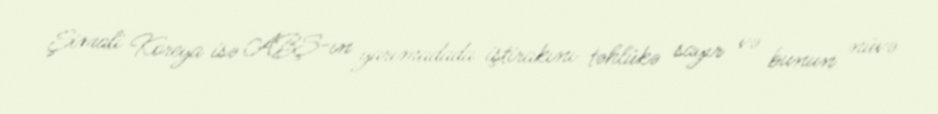
Şimali Koreya isə ABŞ-ın yarımadada iştirakını təhlükə sayır və bunun nüvə